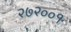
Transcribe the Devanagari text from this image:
२७२००१